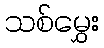
သစ်မွှေး